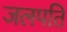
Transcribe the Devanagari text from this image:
जलपति